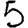
Digit: 5